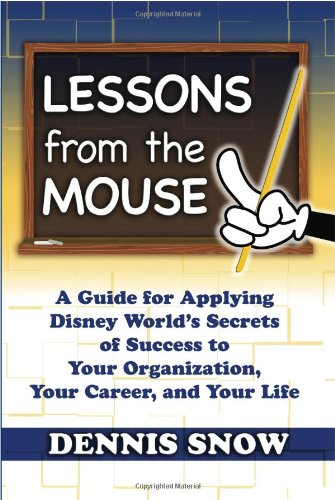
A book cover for Lessons from the Mouse: A Guide for Applying Disney World's Secrets of Success to Your Organization, Your Career, and Your Life; Dennis Snow; Business & Money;